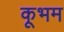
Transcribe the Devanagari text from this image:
कूभम